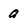
Character: a